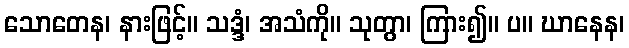
သောတေန၊ နားဖြင့်။ သဒ္ဒံ၊ အသံကို။ သုတွာ၊ ကြား၍။ ပ။ ဃာနေန၊